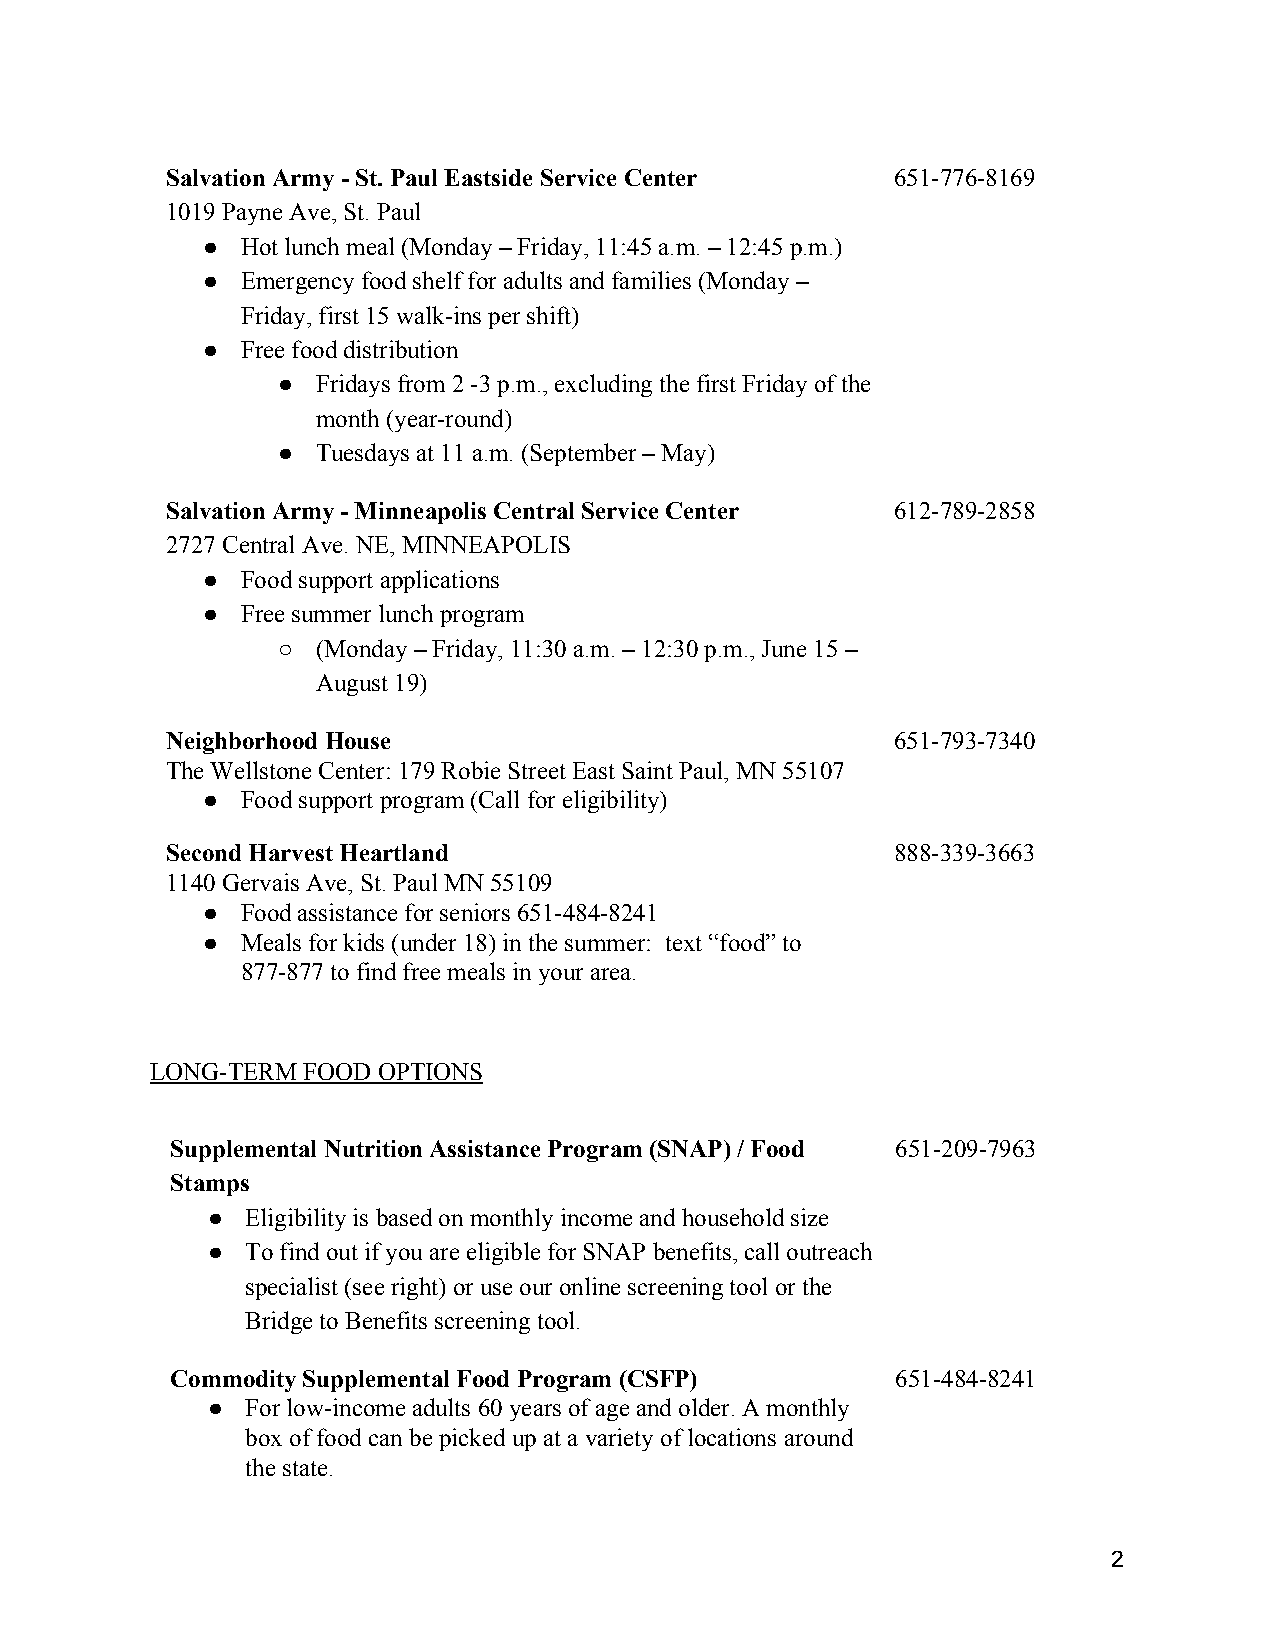
Salvation Army - St. Paul Eastside Service Center 651-776-8169
 1019 Payne Ave, St. Paul
 ●  Hot lunch meal (Monday – Friday, 11:45 a.m. – 12:45 p.m.)
 ●  Emergency food shelf for adults and families (Monday –
 Friday, first 15 walk-ins per shift)
 ●  Free food distribution
 ●  Fridays from 2 -3 p.m., excluding the first Friday of the
 month (year-round)
 ●  Tuesdays at 11 a.m. (September – May)
 Salvation Army - Minneapolis Central Service Center 612-789-2858
 2727 Central Ave. NE, MINNEAPOLIS
 ●  Food support applications
 ●  Free summer lunch program
 ○  (Monday – Friday, 11:30 a.m. – 12:30 p.m., June 15 –
 August 19)
 Neighborhood House                              651-793-7340
 The Wellstone Center: 179 Robie Street East Saint Paul, MN 55107
 ●  Food support program (Call for eligibility)
 Second Harvest Heartland                        888-339-3663
 1140 Gervais Ave, St. Paul MN 55109
 ●  Food assistance for seniors 651-484-8241
 ●  Meals for kids (under 18) in the summer: text “food” to
 877-877 to find free meals in your area.
 LONG-TERM FOOD OPTIONS
 Supplemental Nutrition Assistance Program (SNAP) / Food 651-209-7963
 Stamps
 ● Eligibility is based on monthly income and household size
 ● To find out if you are eligible for SNAP benefits, call outreach
 specialist (see right) or use our online screening tool or the
 Bridge to Benefits screening tool.
 Commodity Supplemental Food Program (CSFP)      651-484-8241
 ● For low-income adults 60 years of age and older. A monthly
 box of food can be picked up at a variety of locations around
 the state.
 2